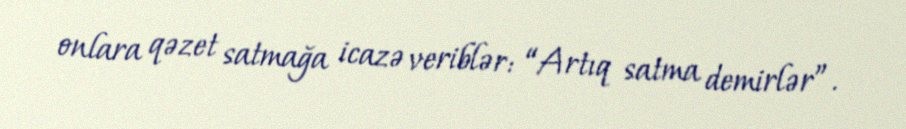
onlara qəzet satmağa icazə veriblər: “Artıq satma demirlər”.